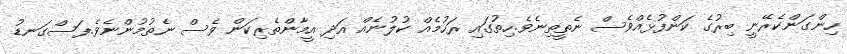
ހިންގަންކެރޭނީ ބިރުގެ ކަންފުޅެއްވެސް ނެތީތިނެވެ.ހިތުގައި ރަހުމެއް ކުލުނެއް އަދި އީމާންތެރިކަން ވެސް ނެތުމުންނެވެ.ފަސްގަނޑު